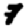
Digit: 7